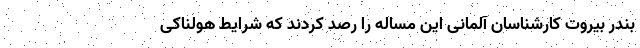
بندر بیروت کارشناسان آلمانی این مساله را رصد کردند که شرایط هولناکی